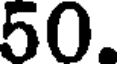
50.